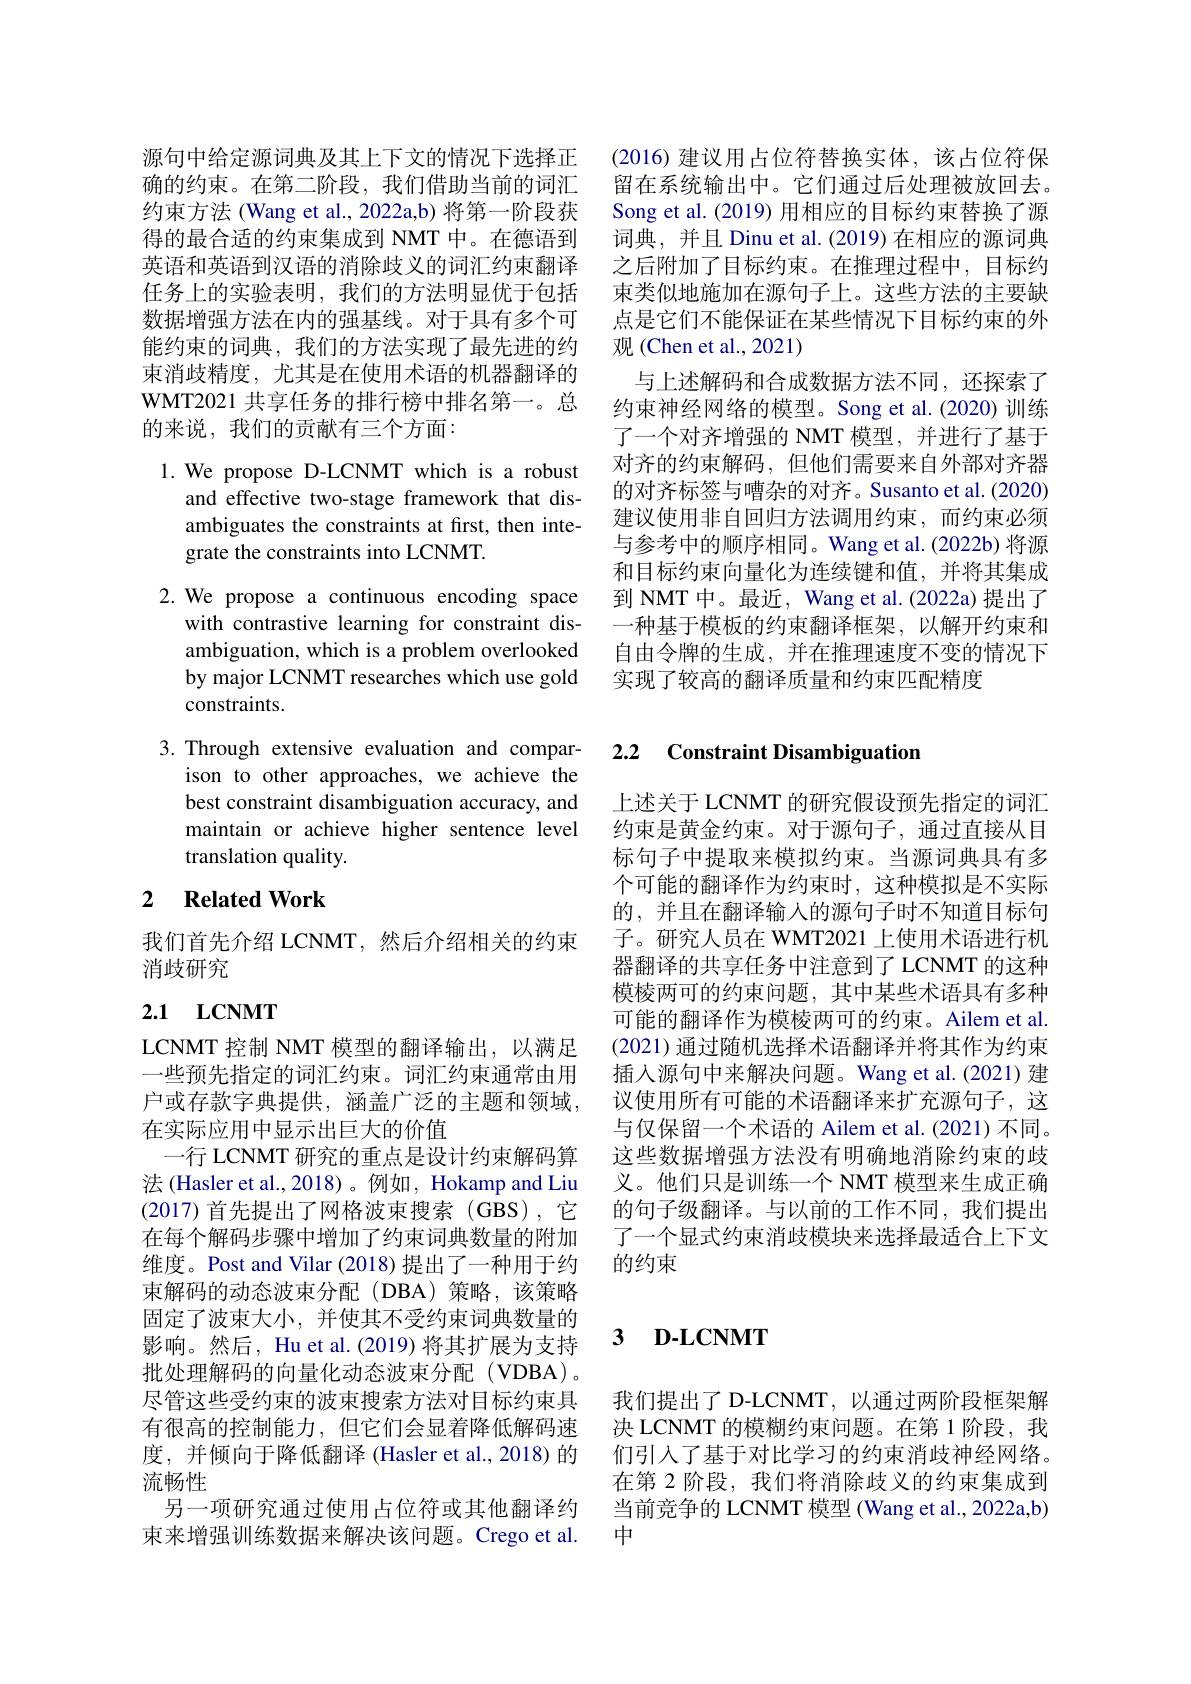
源句中给定源词典及其上下文的情况下选择正
确的约束。在第二阶段，我们借助当前的词汇 留在系统输出中。它们通过后处理被放回去。约束方法 (Wang et al., 2022a,b) 将第一阶段获 Song et al.(2019) 用相应的目标约束替换了源得的最合适的约束集成到 NMT 中。在德语到英语和英语到汉语的消除歧义的词汇约束翻译任务上的实验表明，我们的方法明显优于包括数据增强方法在内的强基线。对于具有多个可能约束的词典，我们的方法实现了最先进的约 观 (Chen et al.,2021)
束消歧精度，尤其是在使用术语的机器翻译的WMT2021 共享任务的排行榜中排名第一。总的来说，我们的贡献有三个方面：

1. We propose D-LCNMT which is a robust
and effective two-stage framework that disambiguates the constraints at first, then integrate the constraints into LCNMT.

with contrastive learning for constraint disambiguation, which is a problem overlooked by major LCNMT researches which use gold constraints.

3.Through extensive evaluation and compar-
ison to other approaches, we achieve the best constraint disambiguation accuracy, and maintain or achieve higher sentence level translation quality.

### 2 $\textbf{Related Work}$

我们首先介绍 LCNMT,然后介绍相关的约束
消歧研究

## 2.1 $LCNMT$

LCNMT 控制 NMT 模型的翻译输出，以满足一些预先指定的词汇约束。词汇约束通常由用户或存款字典提供，涵盖广泛的主题和领域， 在实际应用中显示出巨大的价值
一行 LCNMT 研究的重点是设计约束解码算法 (Hasler et al., 2018)。例如，Hokamp and Liu (2017)首先提出了网格波束搜索(GBS),它在每个解码步骤中增加了约束词典数量的附加维度。Post and Vilar (2018) 提出了一种用于约束解码的动态波束分配(DBA)策略，该策略固定了波束大小，并使其不受约束词典数量的影响。然后，Hu et al.(2019) 将其扩展为支持批处理解码的向量化动态波束分配(VDBA)。尽管这些受约束的波束搜索方法对目标约束具有很高的控制能力，但它们会显着降低解码速度，并倾向于降低翻译(Hasler et al., 2018)的流畅性
另一项研究通过使用占位符或其他翻译约束来增强训练数据来解决该问题。Crego et al.

(2016)建议用占位符替换实体，该占位符保词典，并且 Dinu et al. (2019) 在相应的源词典之后附加了目标约束。在推理过程中，目标约束类似地施加在源句子上。这些方法的主要缺点是它们不能保证在某些情况下目标约束的外
与上述解码和合成数据方法不同，还探索了约束神经网络的模型。Song et al.(2020)训练了一个对齐增强的 NMT 模型，并进行了基于对齐的约束解码，但他们需要来自外部对齐器的对齐标签与嘈杂的对齐。Susanto et al.(2020) 建议使用非自回归方法调用约束，而约束必须与参考中的顺序相同。Wang et al.(2022b)将源和目标约束向量化为连续键和值，并将其集成
2. We propose a continuous encoding space 到 NMT 中。最近，Wang et al.(2022a)提出了
一种基于模板的约束翻译框架，以解开约束和自由令牌的生成，并在推理速度不变的情况下实现了较高的翻译质量和约束匹配精度

## 2.2 Constraint Disambiguation

上述关于 LCNMT 的研究假设预先指定的词汇约束是黄金约束。对于源句子，通过直接从目标句子中提取来模拟约束。当源词典具有多个可能的翻译作为约束时，这种模拟是不实际的，并且在翻译输入的源句子时不知道目标句子。研究人员在 WMT2021 上使用术语进行机器翻译的共享任务中注意到了 LCNMT 的这种模棱两可的约束问题，其中某些术语具有多种可能的翻译作为模棱两可的约束。Ailem et al. (2021)通过随机选择术语翻译并将其作为约束插入源句中来解决问题。Wang et al.(2021) 建议使用所有可能的术语翻译来扩充源句子，这与仅保留一个术语的 Ailem et al.(2021)不同。这些数据增强方法没有明确地消除约束的歧义。他们只是训练一个 NMT 模型来生成正确的句子级翻译。与以前的工作不同，我们提出了一个显式约束消歧模块来选择最适合上下文的约束

## $\textbf{3}$ $\textbf{D- LCNMT}$

我们提出了 D-LCNMT, 以通过两阶段框架解决 LCNMT 的模糊约束问题。在第 1 阶段，我们引入了基于对比学习的约束消歧神经网络。在第 2 阶段，我们将消除歧义的约束集成到当前竞争的 LCNMT 模型 (Wang et al., 2022a,b) 中